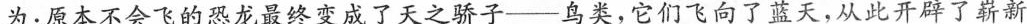
为：原本不会飞的恐龙最终变成了天之骄子——鸟类，它们飞向了蓝天，从此开辟了崭新